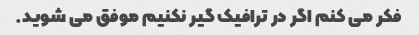
فکر می کنم اگر در ترافیک گیر نکنیم موفق می شوید.